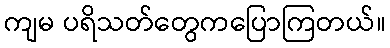
ကျမ ပရိသတ်တွေကပြောကြတယ်။